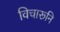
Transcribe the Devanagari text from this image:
विचारूनि